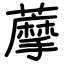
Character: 藦